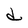
Character: d